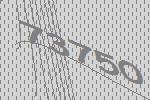
73750